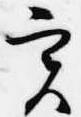
実